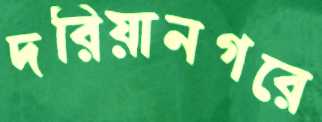
দরিয়ানগরে